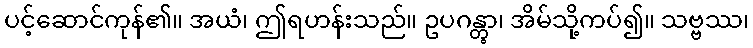
ပင့်ဆောင်ကုန်၏။ အယံ၊ ဤရဟန်းသည်။ ဥပဂန္တွာ၊ အိမ်သို့ကပ်၍။ သဗ္ဗဿ၊